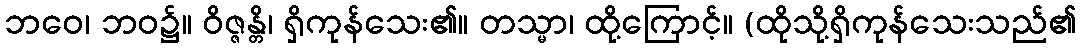
ဘဝေ၊ ဘဝ၌။ ဝိဇ္ဇန္တိ၊ ရှိကုန်သေး၏။ တသ္မာ၊ ထို့ကြောင့်။ (ထိုသို့ရှိကုန်သေးသည်၏